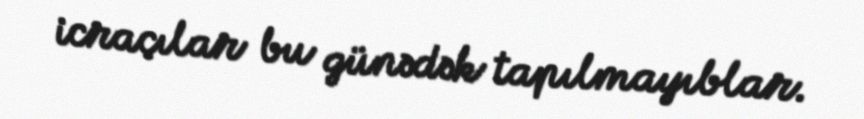
icraçılar bu günədək tapılmayıblar.